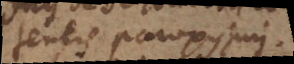
tentis paroxysmi.